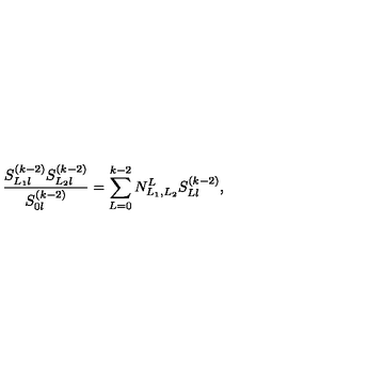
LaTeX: \frac { S _ { L _ { 1 } l } ^ { ( k - 2 ) } S _ { L _ { 2 } l } ^ { ( k - 2 ) } } { S _ { 0 l } ^ { ( k - 2 ) } } = \sum _ { L = 0 } ^ { k - 2 } N _ { L _ { 1 } , L _ { 2 } } ^ { L } S _ { L l } ^ { ( k - 2 ) } ,